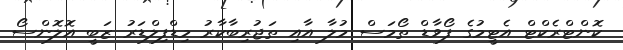
ކޮންޓްރެކްޓް އެޓީމުގެ ފޯވާޑް ތޯމަސް މުލާ އާއި ތަޖުރިބާކާރު މިޑްފިލްޑަރު ޒަބީ އޮލޮންސޯ